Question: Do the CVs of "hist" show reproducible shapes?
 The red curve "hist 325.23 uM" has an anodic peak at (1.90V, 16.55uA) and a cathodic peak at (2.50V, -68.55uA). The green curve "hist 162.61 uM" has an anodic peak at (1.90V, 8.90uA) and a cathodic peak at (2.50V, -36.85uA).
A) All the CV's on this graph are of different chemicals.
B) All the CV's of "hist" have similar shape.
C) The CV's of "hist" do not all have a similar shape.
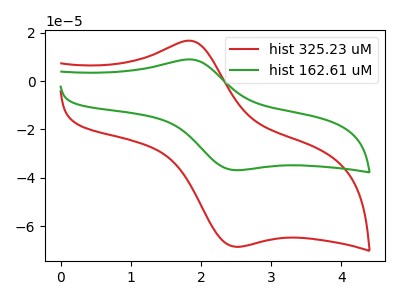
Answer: <think>All the peaks in "hist 325.23 uM" have a peak in "hist 162.61 uM" at the same potential. Every peak in "hist 325.23 uM" is higher than every peak in "hist 162.61 uM".
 </think>
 <answer>B) All the CV's of "hist" have similar shape.</answer>
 <eval>B</eval>